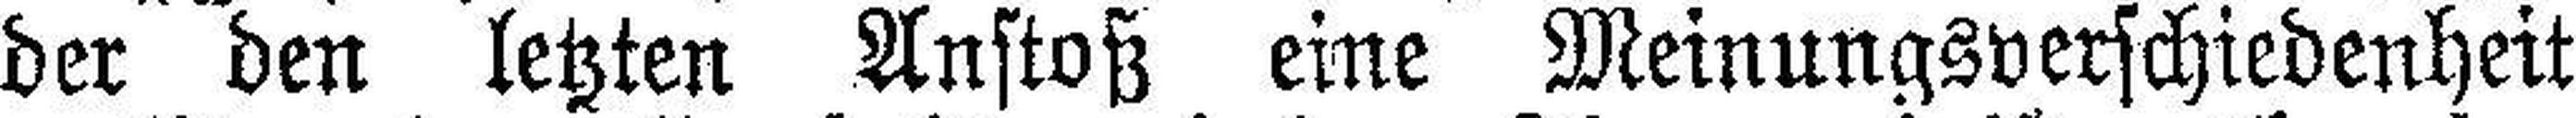
der den letzten Anstoß eine Meinungsverschiedenheit